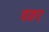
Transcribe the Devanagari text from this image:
चक्रए